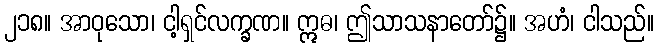
၂၁၈။ အာဝုသော၊ ငါ့ရှင်လက္ခဏ။ ဣဓ၊ ဤသာသနာတော်၌။ အဟံ၊ ငါသည်။